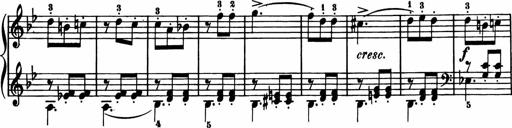
Title: 11 Sonatinas for Piano Solo
Composer: Anton Diabelli